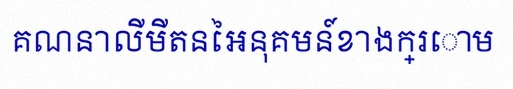
គណនាលីមីតនៃអនុគមន៍ខាងក្រោម